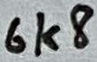
Text: 6k8